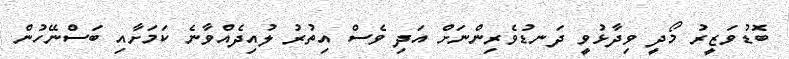
ބޮޑުވަޒީރު މޯދީ ވިދާޅުވީ ދަނޑުވެރިންނަށް އަދި ވެސް އިތުރު ލުއިދެއްވާނެ ކަމަށާއި ބަސްނޭހުން